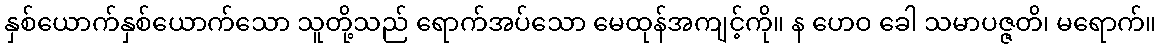
နှစ်ယောက်နှစ်ယောက်သော သူတို့သည် ရောက်အပ်သော မေထုန်အကျင့်ကို။ န ဟေဝ ခေါ သမာပဇ္ဇတိ၊ မရောက်။